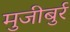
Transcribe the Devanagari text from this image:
मुजीबुर्र